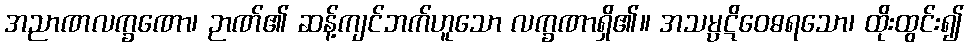
အညာဏလက္ခဏော၊ ဉာဏ်၏ ဆန့်ကျင်ဘက်ဟူသော လက္ခဏာရှိ၏။ အသမ္ပဋိဝေဓရသော၊ ထိုးထွင်း၍